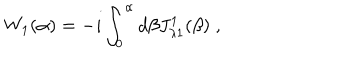
W _ { 1 } ( \alpha ) = - i \int _ { 0 } ^ { \alpha } d \beta J _ { \lambda 1 } ^ { 1 } ( \beta ) \; ,